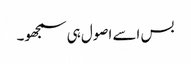
بس اسے اصول ہی سمجھو۔